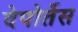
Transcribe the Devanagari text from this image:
देपोर्तेस